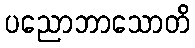
ပညောဘာသောတိ